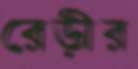
রেড়ীর